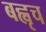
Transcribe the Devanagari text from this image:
बह्वृच